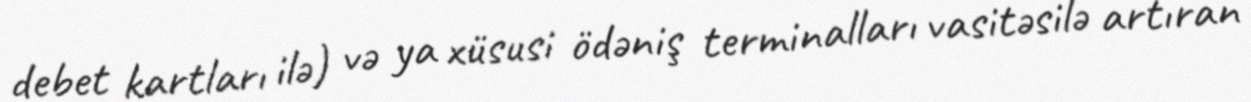
debet kartları ilə) və ya xüsusi ödəniş terminalları vasitəsilə artıran